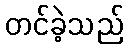
တင်ခဲ့သည်